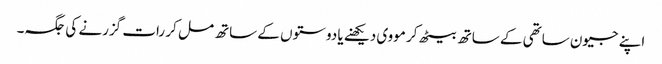
اپنے جیون ساتھی کے ساتھ بیٹھ کر مووی دیکھنے یا دوستوں کے ساتھ مل کر رات گزرنے کی جگہ۔